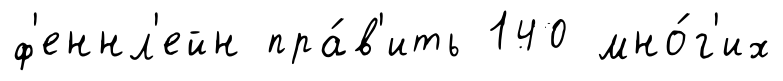
ф'еннл'ейн пра́в'ить 140 мно́г'их